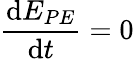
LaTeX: \frac{\mathrm{d}E_{PE}}{\mathrm{d}t}=0